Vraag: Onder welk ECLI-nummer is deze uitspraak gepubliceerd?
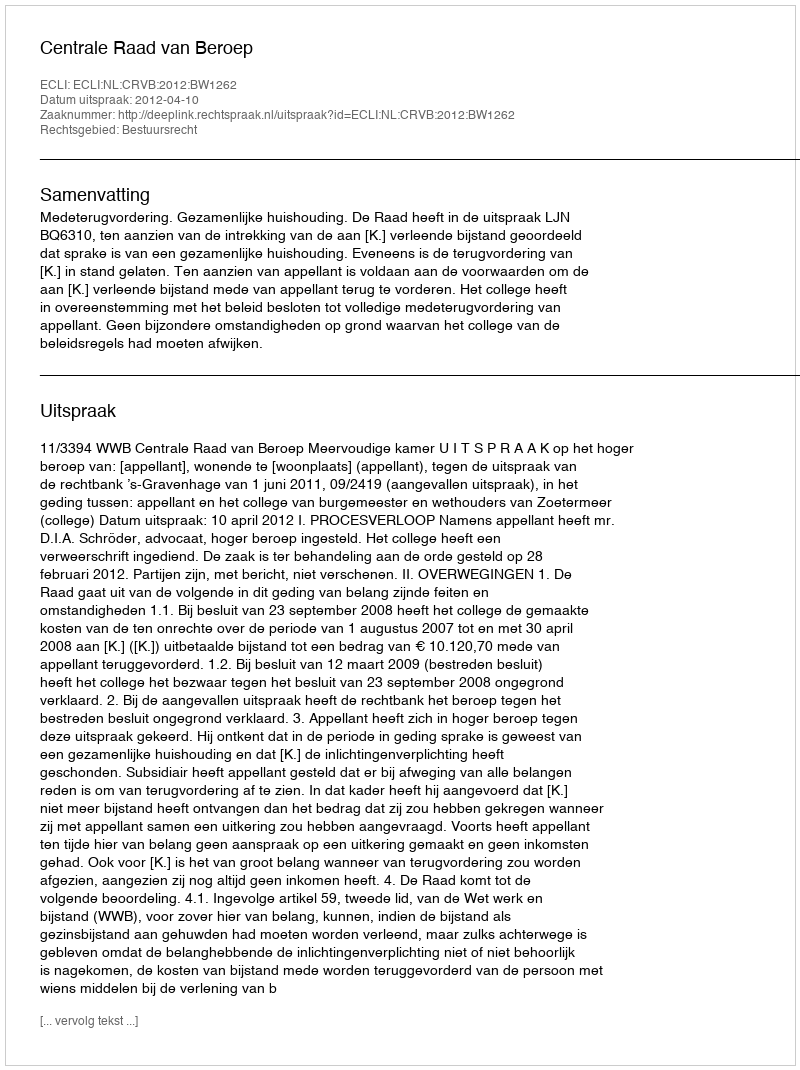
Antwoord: ECLI:NL:CRVB:2012:BW1262